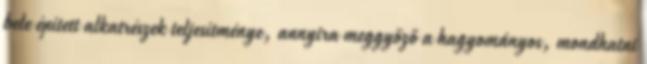
bele épített alkatrészek teljesítménye, annyira meggyőző a hagyományos, mondhatni